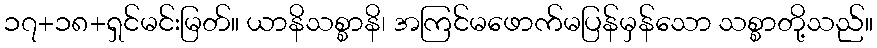
၁၇+၁၈+ရှင်မင်းမြတ်။ ယာနိသစ္စာနိ၊ အကြင်မဖောက်မပြန်မှန်သော သစ္စာတို့သည်။